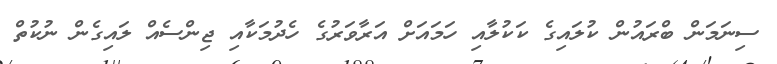
ސިނަމަން ބްރައުން ކުލައިގެ ކަކުލާއި ހަމައަށް އަރާވަރުގެ ހެދުމަކާއި ޖިންސެއް ލައިގެން ނުކުތް